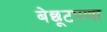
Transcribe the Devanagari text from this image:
बेछूटपणा